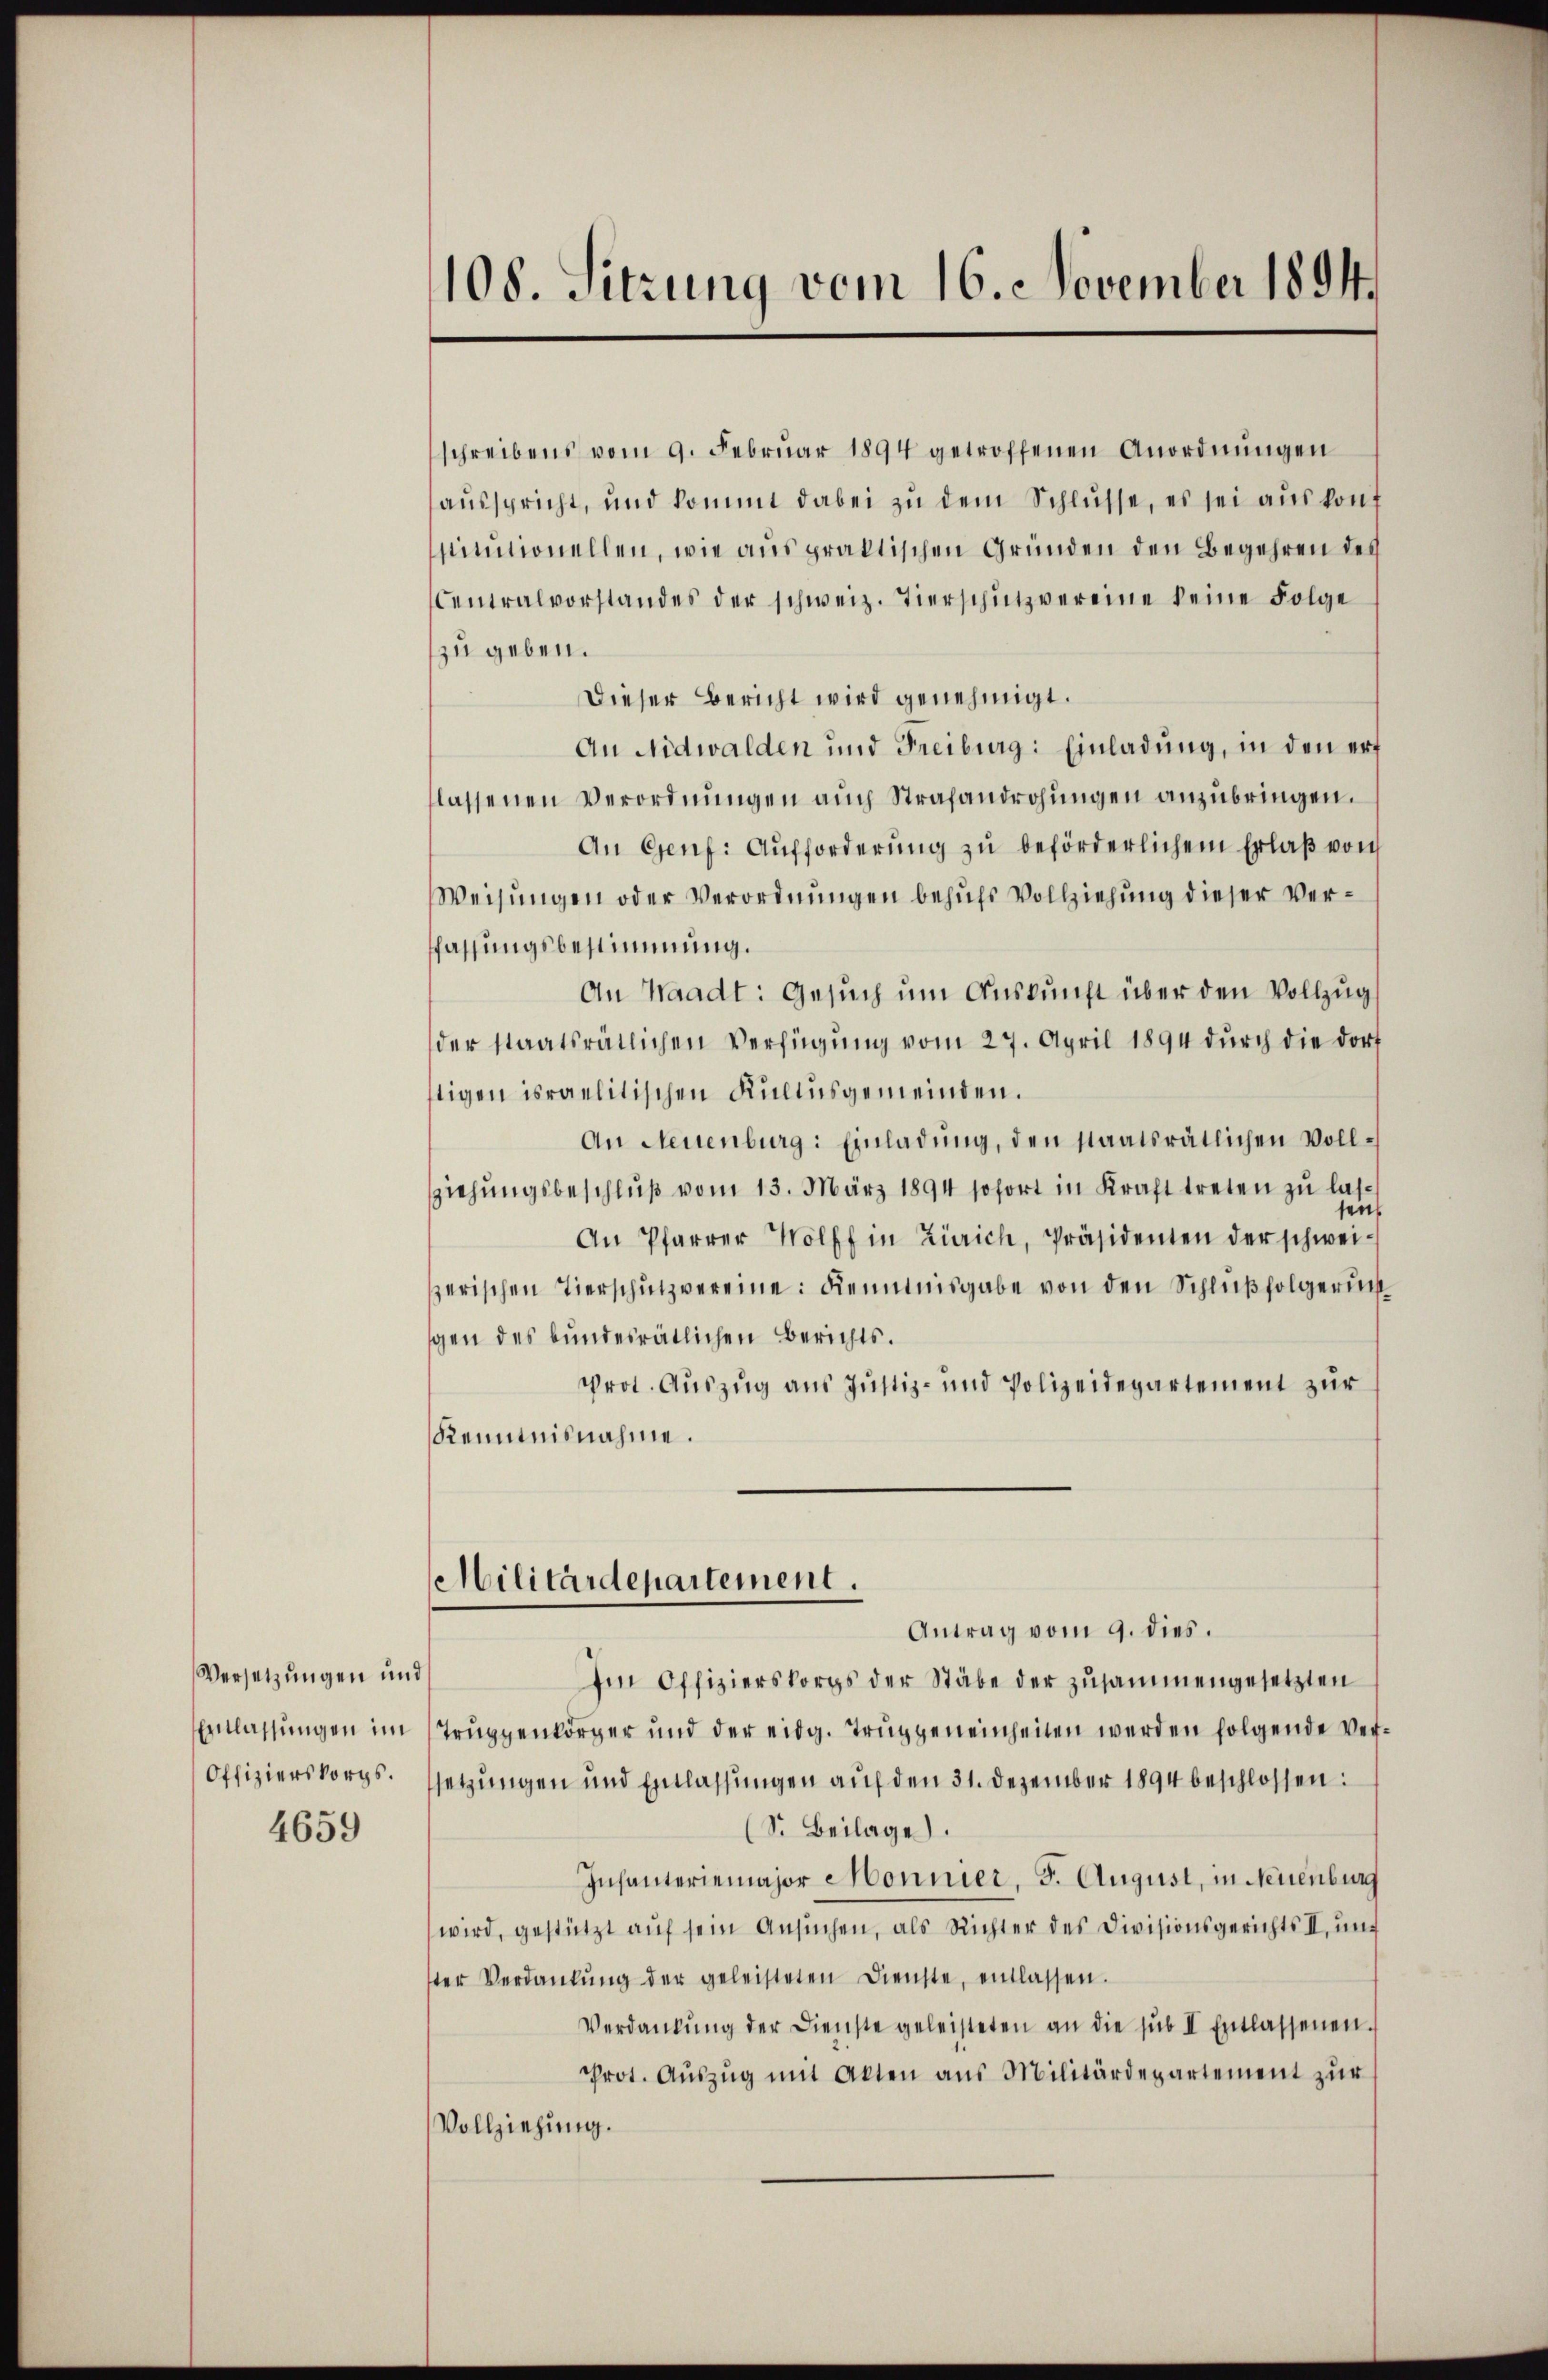
Versetzungen und
Offizierskorgs.

4659

108. Sitzung vom 16. November 1894/

schreibens vom 9. Februar 1894 getroffenen Anordnungen
aŭsspricht, und kommt dabei zŭ dem Schlüsse, es sei auskonf
itutionellen, wie aus praktischen Gründen den Begehren des
Centralvorstandes der schweiz. Tierschütz vereine keine Folge
zu geben.
Dieser Bericht wird genehmigt.
An Nidwalden und Freiburg: Einladung, in den erf
lassenen Verordnungen auch Strafandrohungen anzubringen.
An Genf. Aufforderung zu beförderlichem Erlaß von
Weisungen oder Verordnungen behufs Vollziehung dieser Verffassungsbestimmung.
An Waadt: Gesuch um Auskunft über den Vollzug
der staatsrätlichen Verfügŭng vom 27. April 1894 dŭrch die dorf
tigen israelitischen Kultusgemeinden.
An Neuenburg: Einladŭng, den staatsrätlichen Vollziehŭngsbeschlŭβ vom 13. März 1894 sofort in Kraft treten zu lassein
An Pfarrer Wolff in Zürich, Präsidenten der schweiserischen Tierschutzvereine: Kenntnisgabe von den Schlŭβfolgerun
gen des bundesrätlichen Berichts.
Prot. Auszug aus Justiz- und Polizeidepartement zur
Kenntnisnahme.
Militärdepartement.
Antrag vom 9. dies.
Im Offizierskorps der Stäbe der zusammengesetzten
Einlassŭngen im Truppenkörper und der eidg. Truppeneinheiten werden folgende Versetzungen und Einlassungen auf den 31. Dezember 1894 beschlossen:
(S. Beilage.
Infanteriemajor Monnier, F. August, in Neuenburg
wird, gestützt auf sein Ansuchen, als Richter des Divisionsgerichts II, und
ster Verdankŭng der geleisteten Dienste, entlassen.
Verdankŭng der Dienste geleisteten an die sub II Entlassenen.
Prot. Aŭszŭg mit Akten aus Militärdepartement zur
Vollziehung.